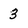
Character: 3